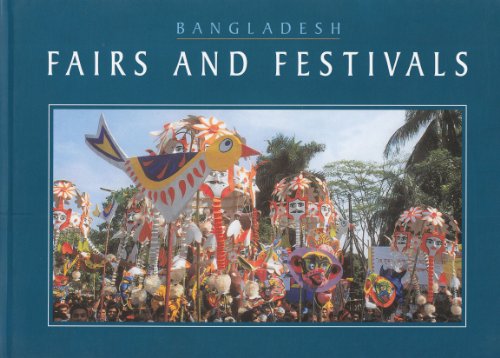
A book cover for Bangladesh Fairs and Festivals; Kamal Uddin (edited by) Siddiqui; Travel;